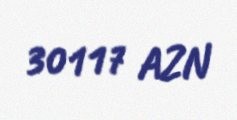
30117 AZN